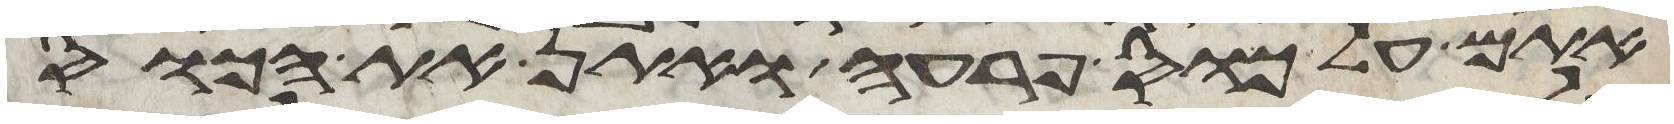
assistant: אתם על כוס פרעה ואתן את הכוס